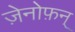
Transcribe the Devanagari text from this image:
ज़ेनोफ़न्